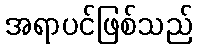
အရာပင်ဖြစ်သည်